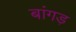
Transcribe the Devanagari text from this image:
बांगड़